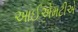
આઈએમટીએ